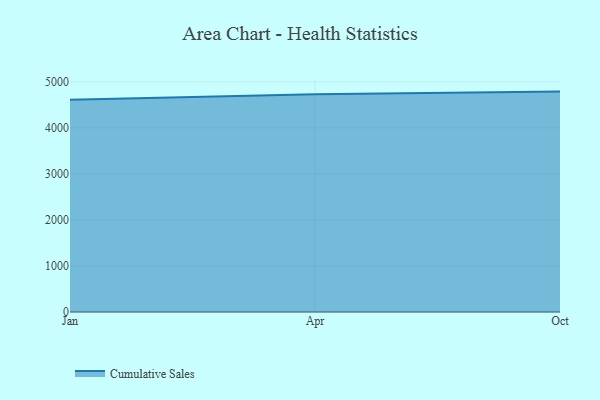
{"axis": {"x": "Month", "y": "Inventory Turnover"}, "legend": ["Cumulative Sales"], "data": [{"x": "Jan", "y": 4610.3, "type": "Cumulative Sales"}, {"x": "Apr", "y": 4731.8, "type": "Cumulative Sales"}, {"x": "Oct", "y": 4788.5, "type": "Cumulative Sales"}]}